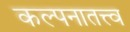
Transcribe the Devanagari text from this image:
कल्पनातत्त्व